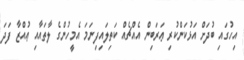
އިހުގައި ބުދަށް އަޅުކަންކުރި ޢަރަބިން އެއްޗެއް ކަތިލައިފިނަމަ އެމީހުންގެ ލާތައާއި ޢުއްޒާ ފަދަ